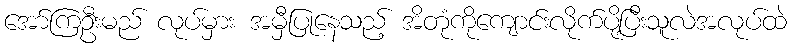
အော်ကြဦးမည် လုပ်မှား အမှီပြုနေသည့် အိတုံကိုကျောင်းလိုက်ပို့ပြီးသူလဲအလုပ်ထဲ